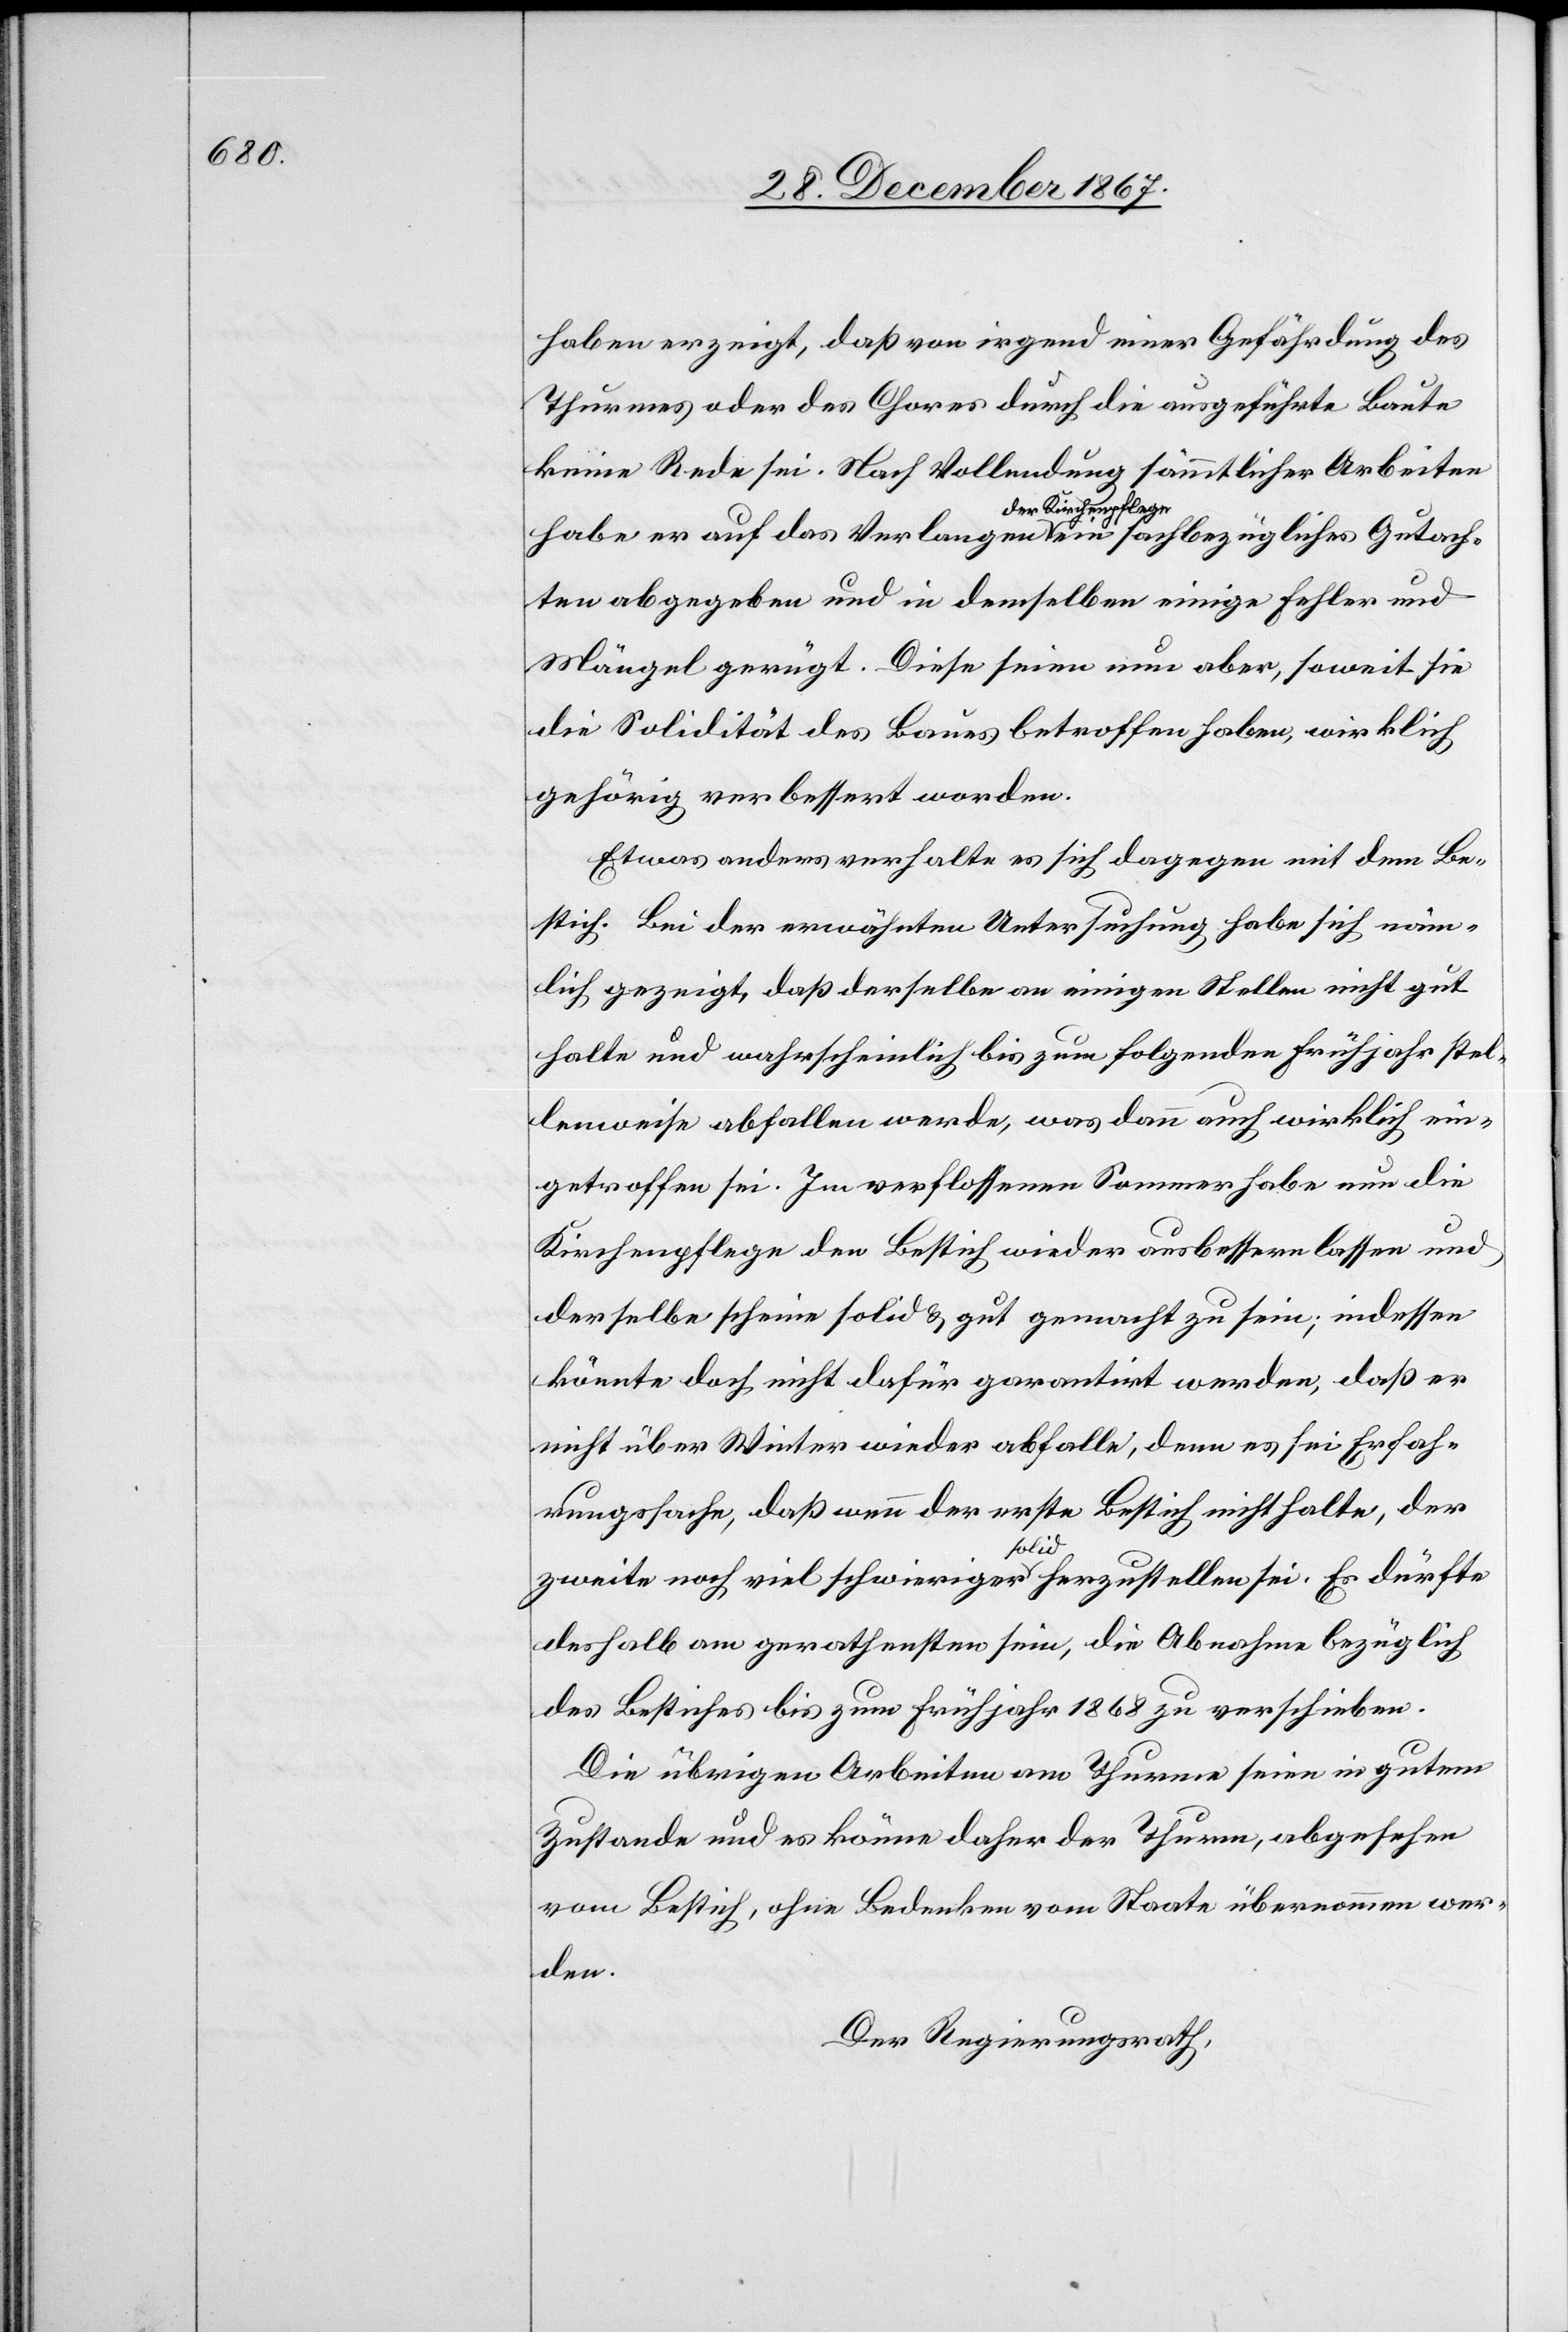
haben erzeigt, daß von irgend einer Gefährdung es
Thurmes oder des Chores durch die ausgeführte Baute
keine Rede sei. Nach Vollendung sämmtlicher Arbeiten
habe er auf das Verlangen der Kirchenpflege ein sachbezügliches Gutach¬
ten abgegeben und in demselben einige Fehler und
Mängel gerügt. Diese seien nun aber, soweit sie
die Solidität des Baues betroffen haben, wirklich
gehörig verbessert worden.
Etwas anders halte es sich dagegen mit dem Be¬
stich. Bei der erwähnten Untersuchung habe es sich näm¬
lich gezeigt, daß derselbe an einigen Stellen nicht gut
halte und wahrscheinlich bis zum folgenden Frühjahr stel¬
lenweise abfallen werde, was dann auch wirklich ein¬
getroffen sei. Im verflossenen Sommer habe nun die
Kirchenpflege den Bestich wieder ausbessern lassen und
derselbe scheine solid u. gut gemacht zu sein; indessen
könnte doch nicht dafür garantirt werden, daß er
nicht über Winter wieder abfalle, denn es sei Erfah¬
rungssache, daß wenn der erste Bestich nicht halte, der
zweit noch viel schwieriger solid herzustellen sei. Es dürfte
deshalb am gerathensten sein, die Abnahme bezüglich
des Bestiches bis zum Frühjahr 1868 zu verschieben.
Die übrigen Arbeiten am Thurme seien in gutem
Zustande und es könne daher der Thurm, abgesehen
vom Bestich, ohne Bedenken vom Staate übernommen wer¬
den.
Der Regierungsrath,